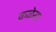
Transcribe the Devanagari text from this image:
कळेसा